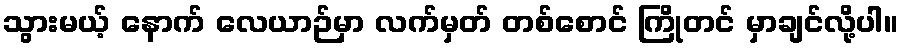
သွားမယ့် နောက် လေယာဉ်မှာ လက်မှတ် တစ်စောင် ကြိုတင် မှာချင်လို့ပါ။